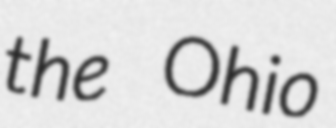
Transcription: the Ohio